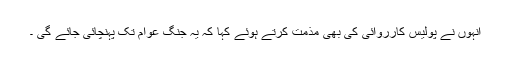
انہوں نے پولیس کارروائی کی بھی مذمت کرتے ہوئے کہا کہ یہ جنگ عوام تک پہنچائی جائے گی ۔